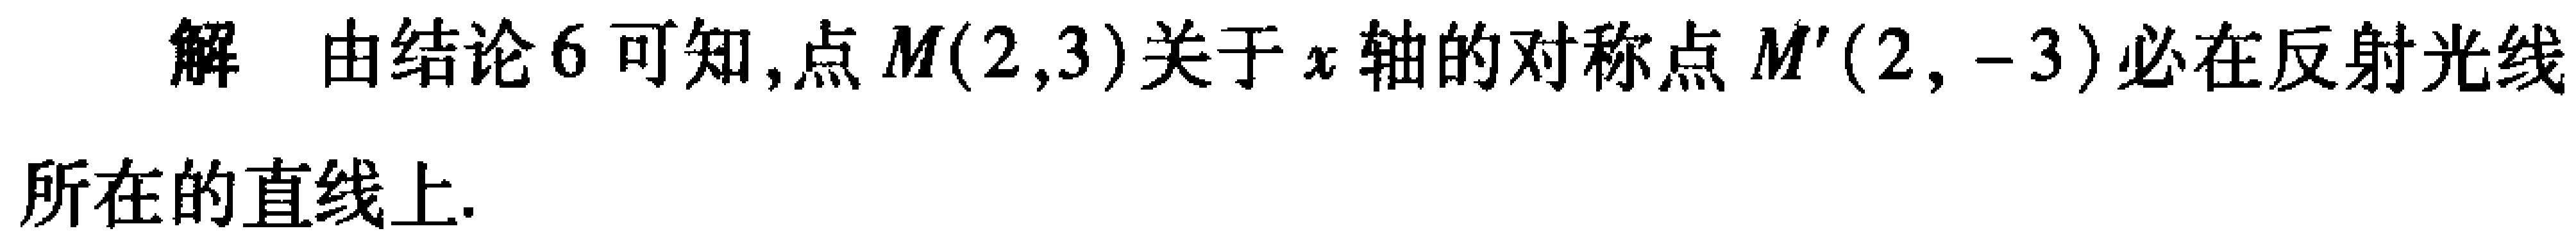
解 由结论6可知,点\(M(2,3)\)关于\(x\)轴的对称点\(M'(2,-3)\)必在反射光线所在的直线上.